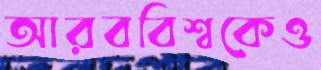
আরববিশ্বকেও